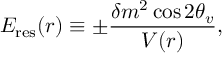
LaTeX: E _ { \mathrm { r e s } } ( r ) \equiv \pm \frac { \delta m ^ { 2 } \cos 2 \theta _ { v } } { V ( r ) } ,